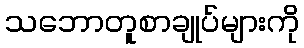
သဘောတူစာချုပ်များကို